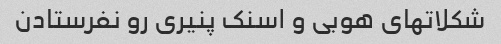
شکلاتهای هوبی و اسنک پنیری رو نفرستادن